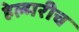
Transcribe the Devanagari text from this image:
हेल्मरीच